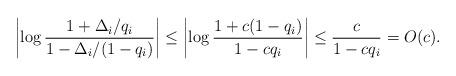
LaTeX: \begin{align*}\left|\log\frac{1+\Delta_i/q_i}{1-\Delta_i/(1-q_i)}\right|\leq \left|\log\frac{1+c(1-q_i)}{1-cq_i}\right| \leq \frac{c}{1-cq_i}=O(c).\end{align*}